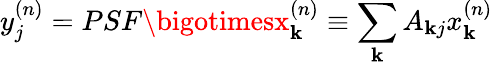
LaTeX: y_{j}^{(n)}=PSF\bigotimesx_{\mathbf{k}}^{(n)}\equiv\sum_{\mathbf{k}}A_{\mathbf{k}j}x_{\mathbf{k}}^{(n)}